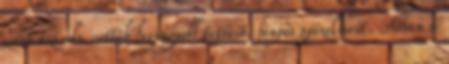
sorra számba vették legnagyobb tetteit, fényes győzelmeit. Abban a